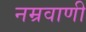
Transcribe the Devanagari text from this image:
नम्रवाणी